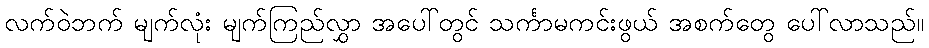
လက်ဝဲဘက် မျက်လုံး မျက်ကြည်လွှာ အပေါ်တွင် သင်္ကာမကင်းဖွယ် အစက်တွေ ပေါ်လာသည်။